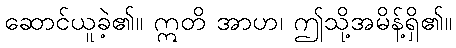
ဆောင်ယူခဲ့၏။ ဣတိ အာဟ၊ ဤသို့အမိန့်ရှိ၏။